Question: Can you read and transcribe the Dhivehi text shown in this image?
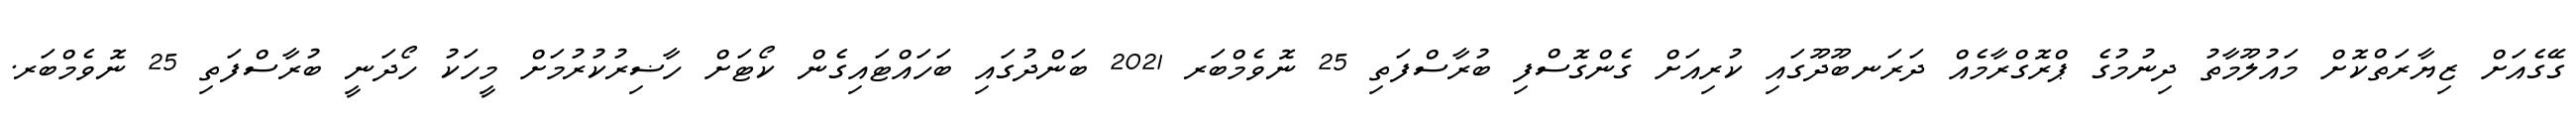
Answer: ގޭގެއަށް ޒިޔާރަތްކޮށް މައުލޫމާތު ދިނުމުގެ ޕްރޮގްރާމެއް ދަރަނބޫދޫގައި ކުރިއަށް ގެންގޮސްފި ބުރާސްފަތި 25 ނޮވެމްބަރ 2021 ބަންދުގައި ބަހައްޓައިގެން ކޯޓަށް ހާޟިރުކުރުމަށް މީހަކު ހޯދަނީ ބުރާސްފަތި 25 ނޮވެމްބަރ.